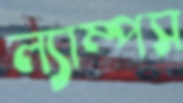
ল্যাম্পস